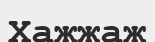
Хажжаж